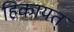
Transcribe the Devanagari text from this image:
हिकायत्‌